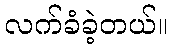
လက်ခံခဲ့တယ်။